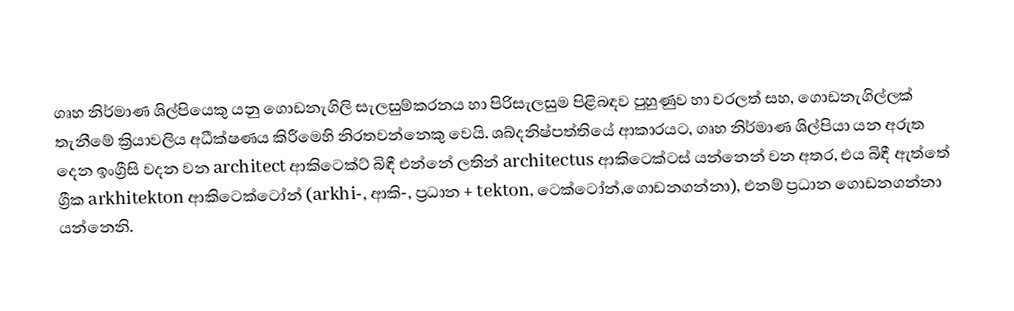
ගෘහ නිර්මාණ ශිල්පියෙකු යනු ‍ගොඩනැගිලි සැලසුම්කරනය හා පිරිසැලසුම පිළිබඳව පුහුණුව හා වරලත් සහ, ගොඩනැගිල්ලක් තැනී‍මේ ක්‍රියාවලිය අධීක්ෂණය කිරීමෙහි නිරතවන්නෙකු වෙයි. ශබ්දනිෂ්පත්තියේ ආකාරයට, ගෘහ නිර්මාණ ශිල්පියා යන අරුත දෙන ඉංග්‍රීසි වදන වන architect ආකි‍ටෙක්ට් බිඳී එන්නේ ලතින් architectus ආකි‍ටෙක්ටස් යන්නෙන් වන අතර, එය බිඳී ඇත්තේ ග්‍රීක arkhitekton  ආකි‍ටෙක්ටෝන් (arkhi-, ආකි-, ප්‍රධාන + tekton, ටෙක්ටෝන්,ගොඩනගන්නා), එනම් ප්‍රධාන  ගොඩනගන්නා යන්නෙනි.